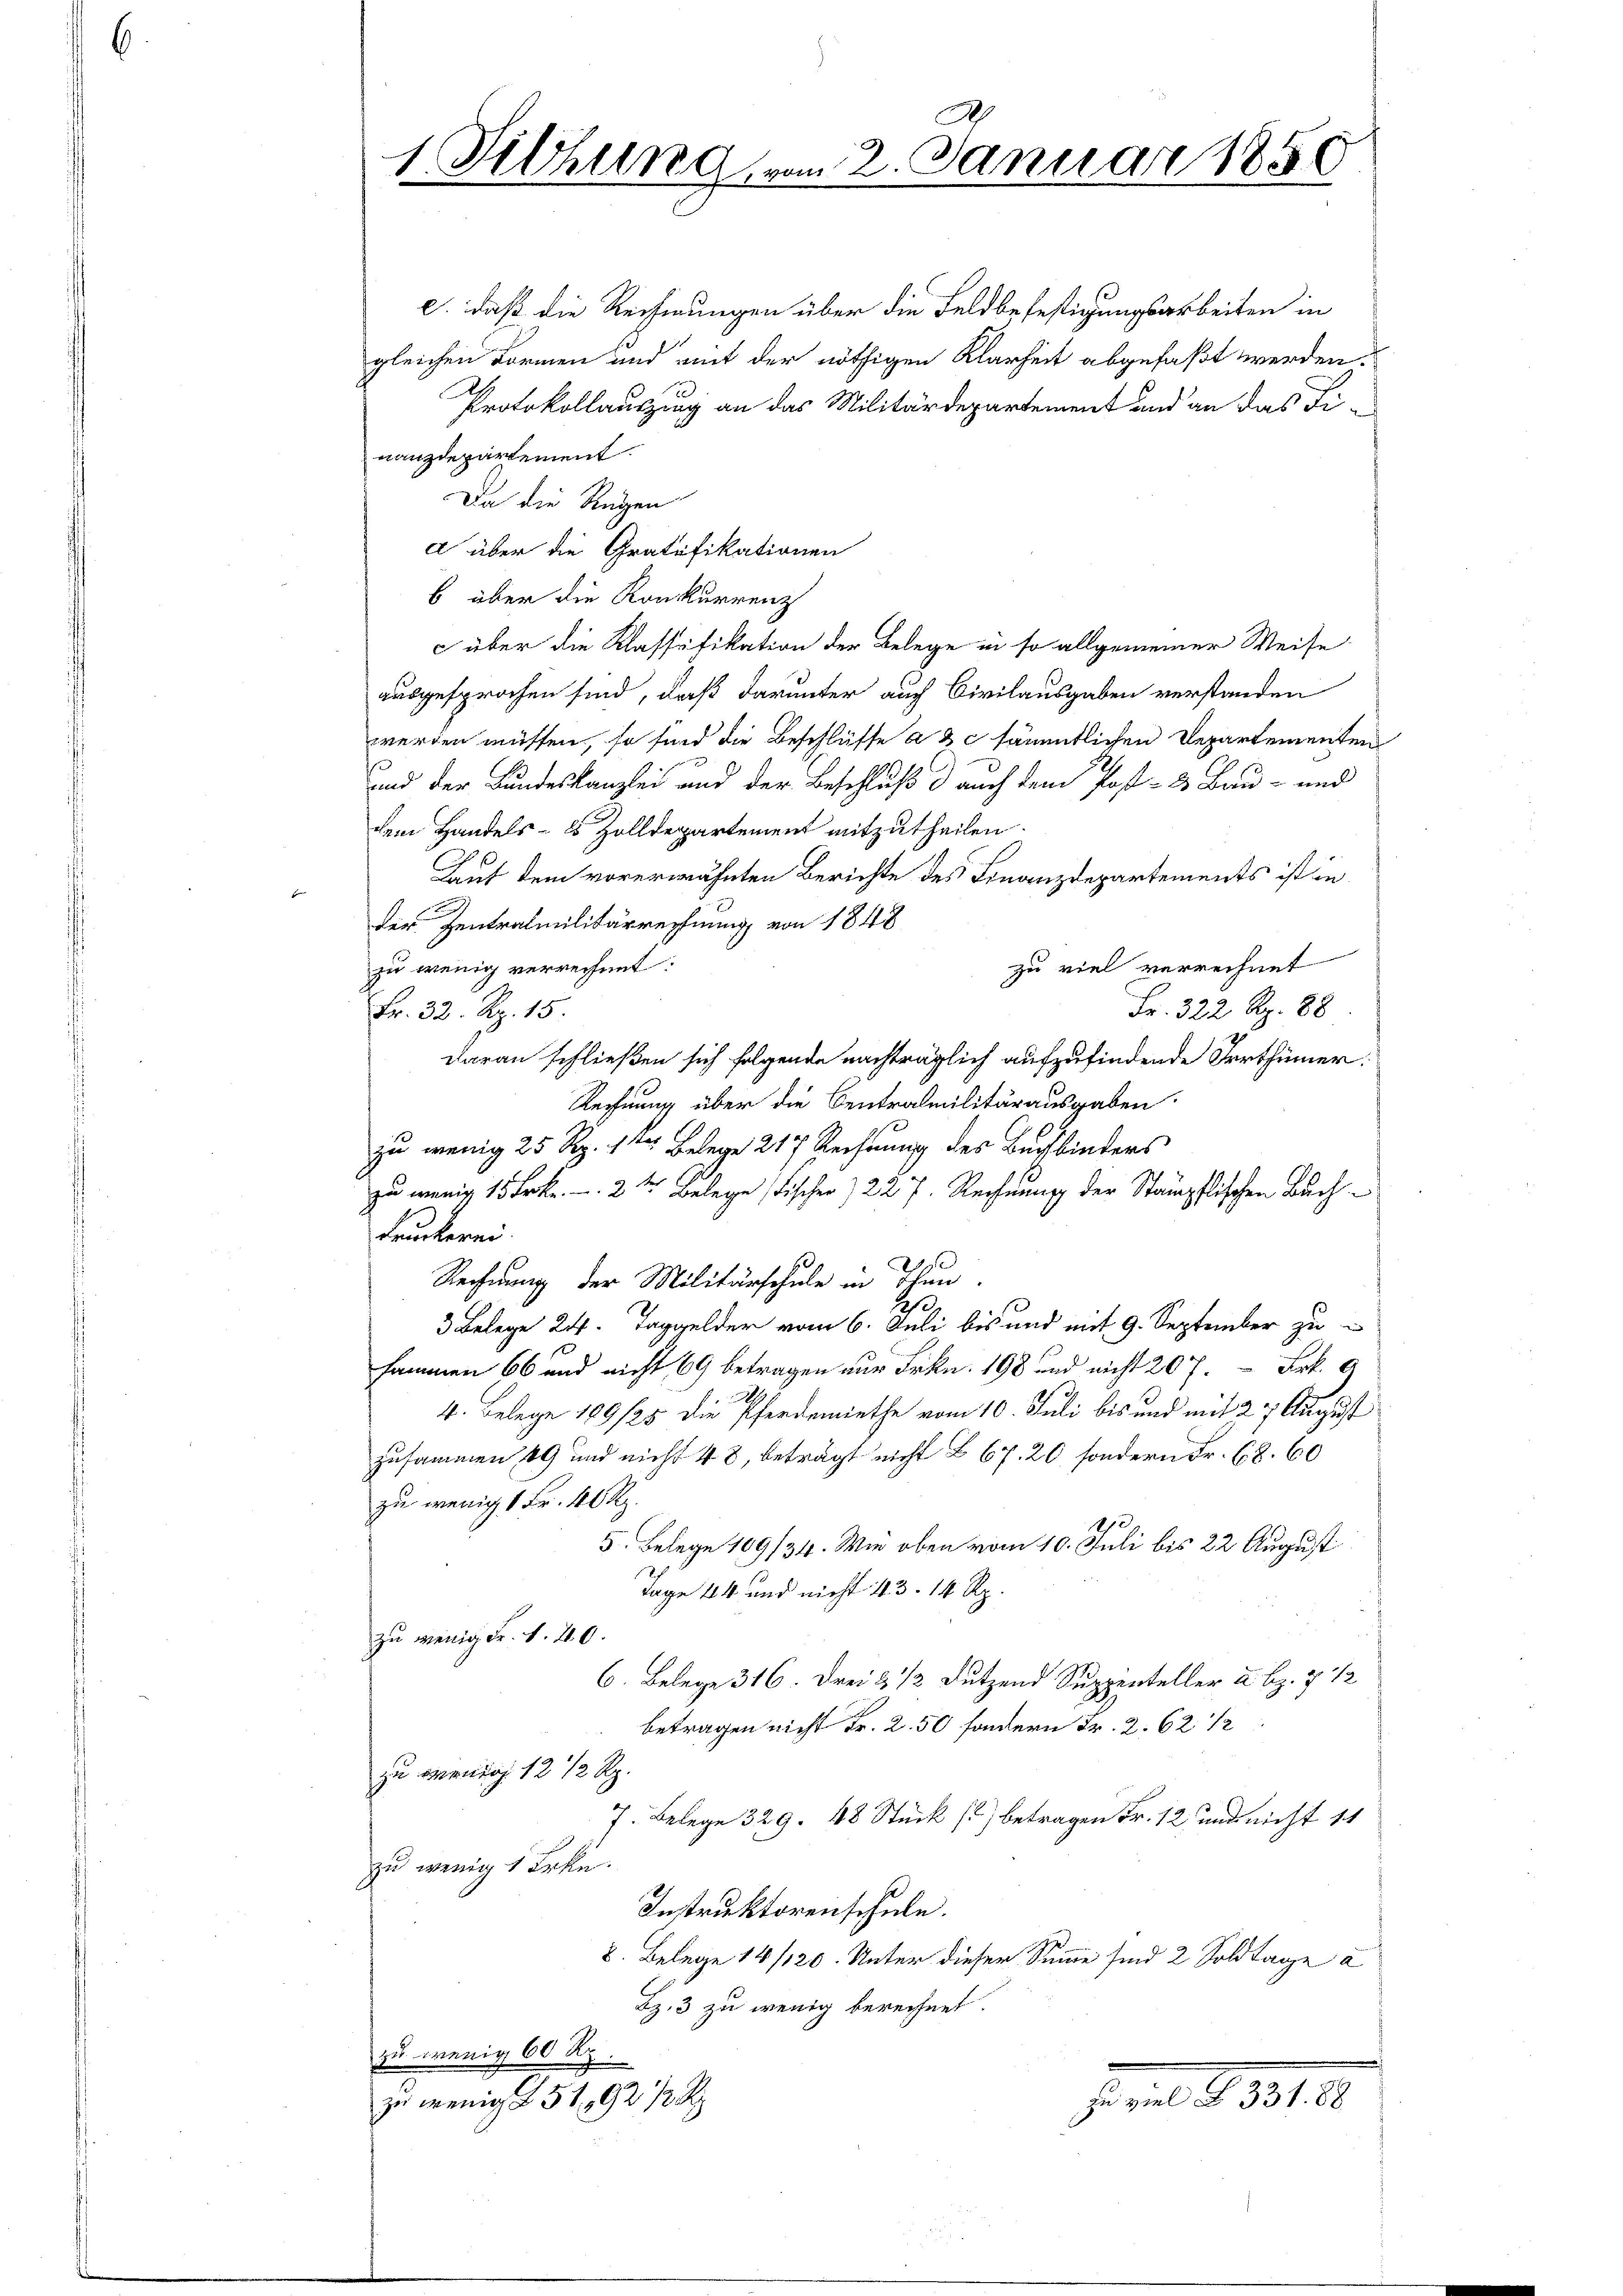
1 Sitzung vom 2. Januar 1850

e. daß die Rechnungen über die Feldbefestigungsarbeiten in
gleichen Formen und mit der nöthigen Klarheit abgefaßt werden.
Protokollauszieg an das Militärdepartement und an das Finanzdepartement.
Da die Regen
e über die Gratifikationen
b über die Konkurrenz
c über die Klassifikation der Belege in so allgemeiner Weise
ausgesprochen sind, daß darunter auch Civilausgaben verstanden
werden müssen, so sind die Beschlüsse a & c sämmtlichen Departementen
und der Bundeskanzlei und der Beschluß d auch dem Post- & Bau- und
dem Handels- 8 Zolldepartement mitzutheilen.
Laut dem vorerwähnten Berichte des Finanzdepartements ist in
der Zentralmilitärrechnung von 1848
zu viel verrechnet
zu wenig verrechnet:
Fr. 322 Rp. 88
Fr. 32. Rp. 15.
daran schließen sich folgende nachträglich aufzufindende Irrthümer.
Rechnung über die Centralmilitärausgaben.
zu wenig 25 Rp. 11 Belege 217 Rechnung des Buchbinders
zu wenig 15 Frkn. 2ter Belege Fischer  227. Rechnung der Stampflischen Buch
Druckerei.
o
Rechnung der Militärschule in ihn
3 Belege 24. Taggelder vom 6. Juli bis und mit 9. September zu
sammen 66 und nicht 69 betragen zur Frkn. 198 und nicht 207. Frk.
.
4. Belege 189/25 die Pferdemiethe vom 10. Juli bis und mit 27 August
zusammen 49 und nicht 48, beträgt nicht § 67. 20, sondern Fr. 68. 60
zu wenig 1 Fr. 40 Rp.
10
5. Belege 109/34. Wie oben vom 10. Juli bis 22 August
Tage 14 und nicht 43. 14 Rp.
zu wenig Fr. 1. 40.
6. Belege 316. Drei & 12 Dutzend Suppenteller 2. Bz. 7 1/2
betragen nicht Fr. 2. 50 sondern Fr. 2. 62 1/2
zu wenig 12 1/2 Rp.
7. Belege 329. 48 Stück () betragen Fr. 12 und nicht 11
zu wenig 1 Erke.
Instruktorenschule.
8. Belege 14/20. Unter dieser Summe sind 2 Soldtage a
Bz. 3 zu wenig berechnet.
zu wenig 60 Rp.
J. in § 3312.
zu wenig § 51,92/2 R